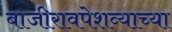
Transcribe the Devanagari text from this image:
बाजीरावपेशव्याच्या